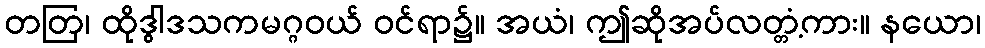
တတြ၊ ထိုဒွါဒသကမဂ္ဂဝယ် ဝင်ရာ၌။ အယံ၊ ဤဆိုအပ်လတ္တံ့ကား။ နယော၊